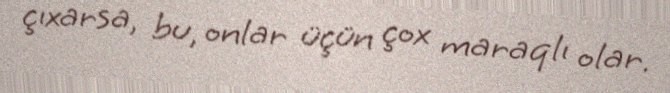
çıxarsa, bu, onlar üçün çox maraqlı olar.